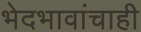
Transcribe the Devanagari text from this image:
भेदभावांचाही